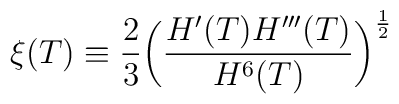
\xi(T)\equiv\frac{2}{3}\bigg(\frac{H'(T)H'''(T)}{H^6(T)}\bigg)^{\frac{1}{2}}